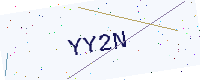
Text: YY2N